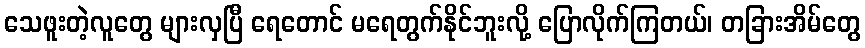
သေဖူးတဲ့လူတွေ များလှပြီ ရေတောင် မရေတွက်နိုင်ဘူးလို့ ပြောလိုက်ကြတယ်၊ တခြားအိမ်တွေ